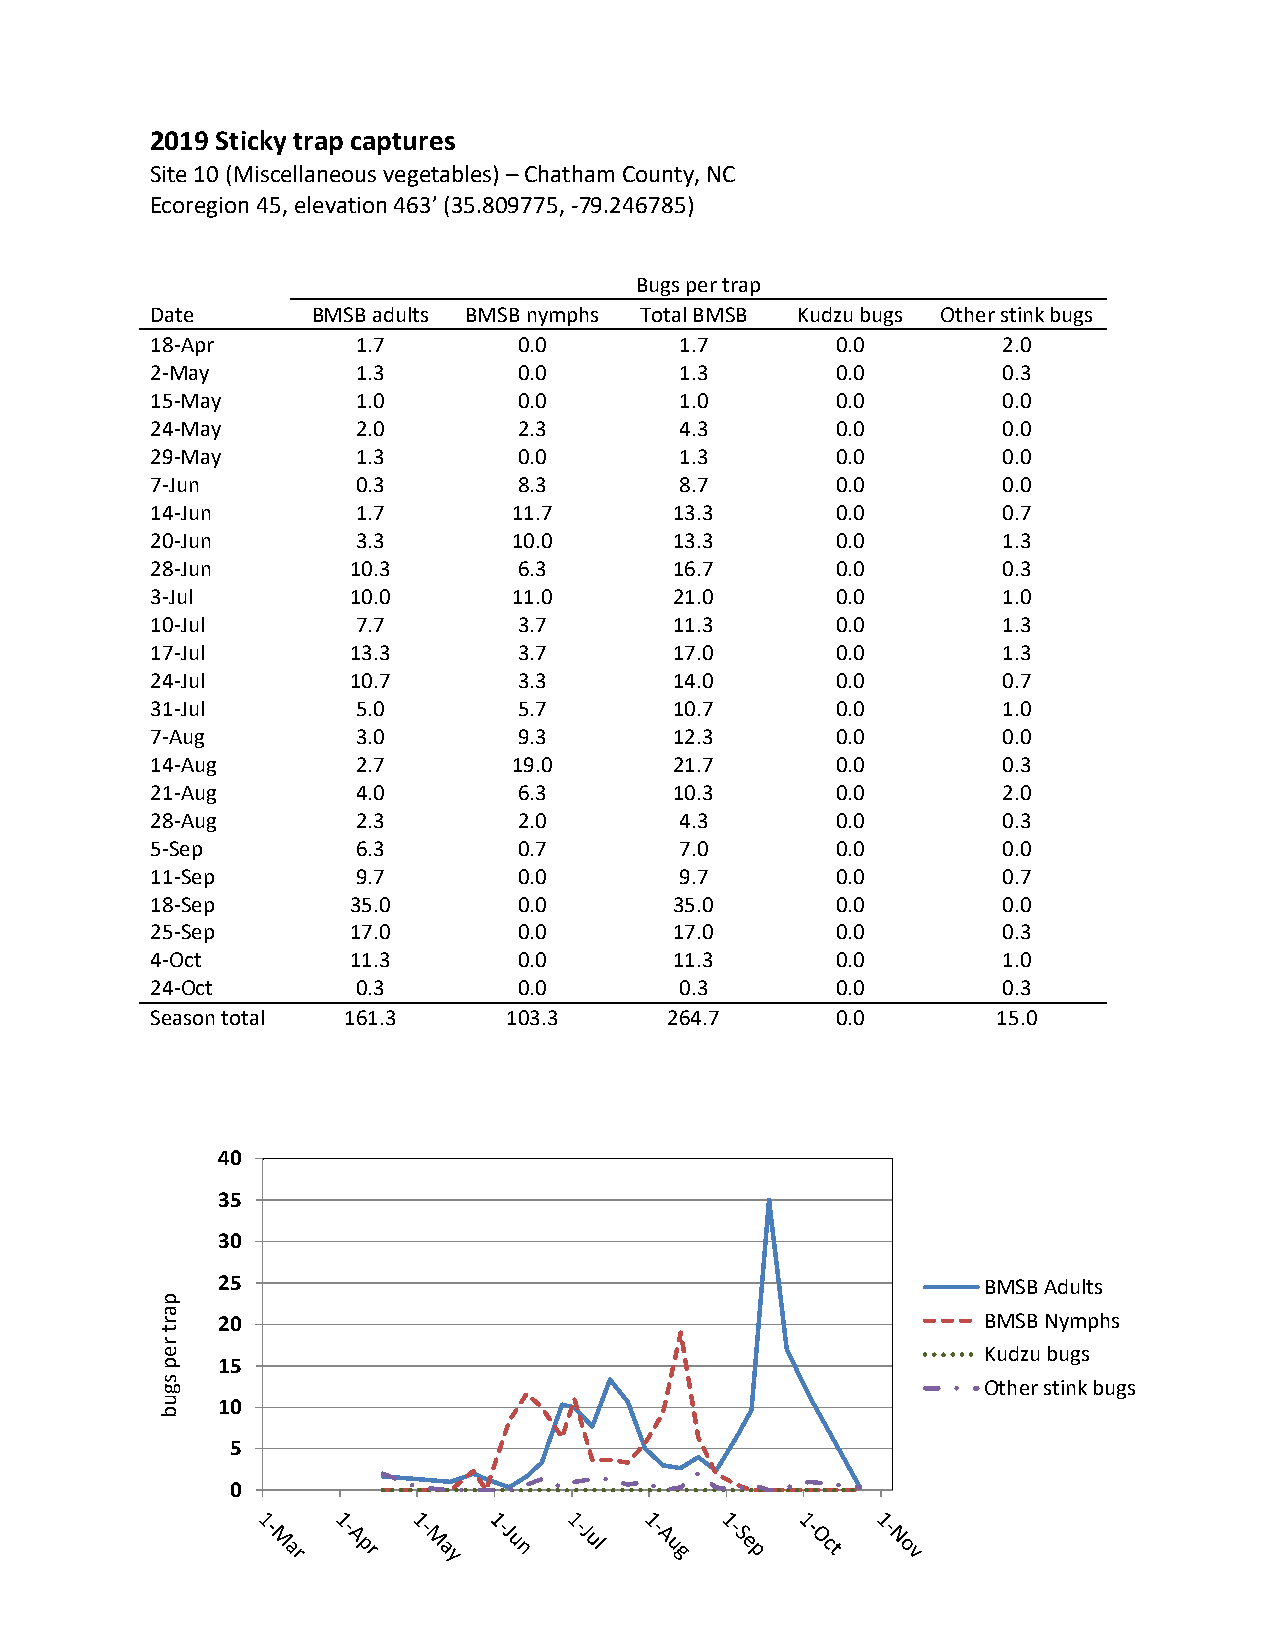
2019 Sticky trap captures
 Site 10 (Miscellaneous vegetables) – Chatham County, NC
 Ecoregion 45, elevation 463’ (35.809775, -79.246785)
 Bugs per trap
 Date       BMSB adults BMSB nymphs Total BMSB Kudzu bugs Other stink bugs
 18-Apr        1.7       0.0        1.7       0.0        2.0
 2-May         1.3       0.0        1.3       0.0        0.3
 15-May        1.0       0.0        1.0       0.0        0.0
 24-May        2.0       2.3        4.3       0.0        0.0
 29-May        1.3       0.0        1.3       0.0        0.0
 7-Jun         0.3       8.3        8.7       0.0        0.0
 14-Jun        1.7       11.7       13.3      0.0        0.7
 20-Jun        3.3       10.0       13.3      0.0        1.3
 28-Jun       10.3       6.3        16.7      0.0        0.3
 3-Jul        10.0       11.0       21.0      0.0        1.0
 10-Jul        7.7       3.7        11.3      0.0        1.3
 17-Jul       13.3       3.7        17.0      0.0        1.3
 24-Jul       10.7       3.3        14.0      0.0        0.7
 31-Jul        5.0       5.7        10.7      0.0        1.0
 7-Aug         3.0       9.3        12.3      0.0        0.0
 14-Aug        2.7       19.0       21.7      0.0        0.3
 21-Aug        4.0       6.3        10.3      0.0        2.0
 28-Aug        2.3       2.0        4.3       0.0        0.3
 5-Sep         6.3       0.7        7.0       0.0        0.0
 11-Sep        9.7       0.0        9.7       0.0        0.7
 18-Sep       35.0       0.0        35.0      0.0        0.0
 25-Sep       17.0       0.0        17.0      0.0        0.3
 4-Oct        11.3       0.0        11.3      0.0        1.0
 24-Oct        0.3       0.0        0.3       0.0        0.3
 Season total 161.3     103.3      264.7      0.0        15.0
 40
 35
 30
 25                                                 BMSB Adults
 p
 a r 20                                                BMSB Nymphs
 t
 r
 e                                                     Kudzu bugs
 p  15
 s g                                                   Other stink bugs
 u  10
 b
 5
 0